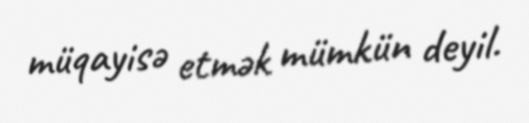
müqayisə etmək mümkün deyil.